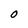
Character: O